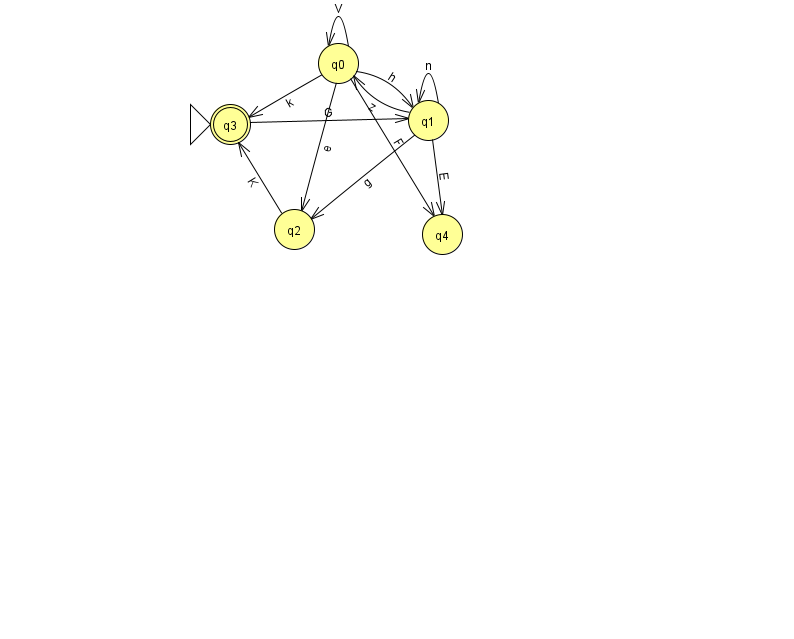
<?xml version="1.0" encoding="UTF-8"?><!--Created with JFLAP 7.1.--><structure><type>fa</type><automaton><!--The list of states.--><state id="0" name="q0"><x>338.0</x><y>50.0</y></state><state id="1" name="q1"><x>428.0</x><y>107.0</y></state><state id="2" name="q2"><x>294.0</x><y>216.0</y></state><state id="3" name="q3"><x>230.0</x><y>111.0</y><initial/><final/></state><state id="4" name="q4"><x>442.0</x><y>221.0</y></state><!--The list of transitions.--><transition><from>0</from><to>0</to><read>V</read></transition><transition><from>0</from><to>3</to><read>k</read></transition><transition><from>0</from><to>4</to><read>F</read></transition><transition><from>1</from><to>0</to><read>z</read></transition><transition><from>1</from><to>4</to><read>E</read></transition><transition><from>3</from><to>1</to><read>G</read></transition><transition><from>0</from><to>1</to><read>h</read></transition><transition><from>2</from><to>3</to><read>K</read></transition><transition><from>1</from><to>1</to><read>n</read></transition><transition><from>0</from><to>2</to><read>e</read></transition><transition><from>1</from><to>2</to><read>g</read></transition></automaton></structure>